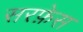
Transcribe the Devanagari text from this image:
सरफ़ेस